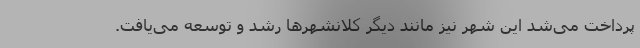
پرداخت می‌شد این شهر نیز مانند دیگر کلانشهرها رشد و توسعه می‌یافت.